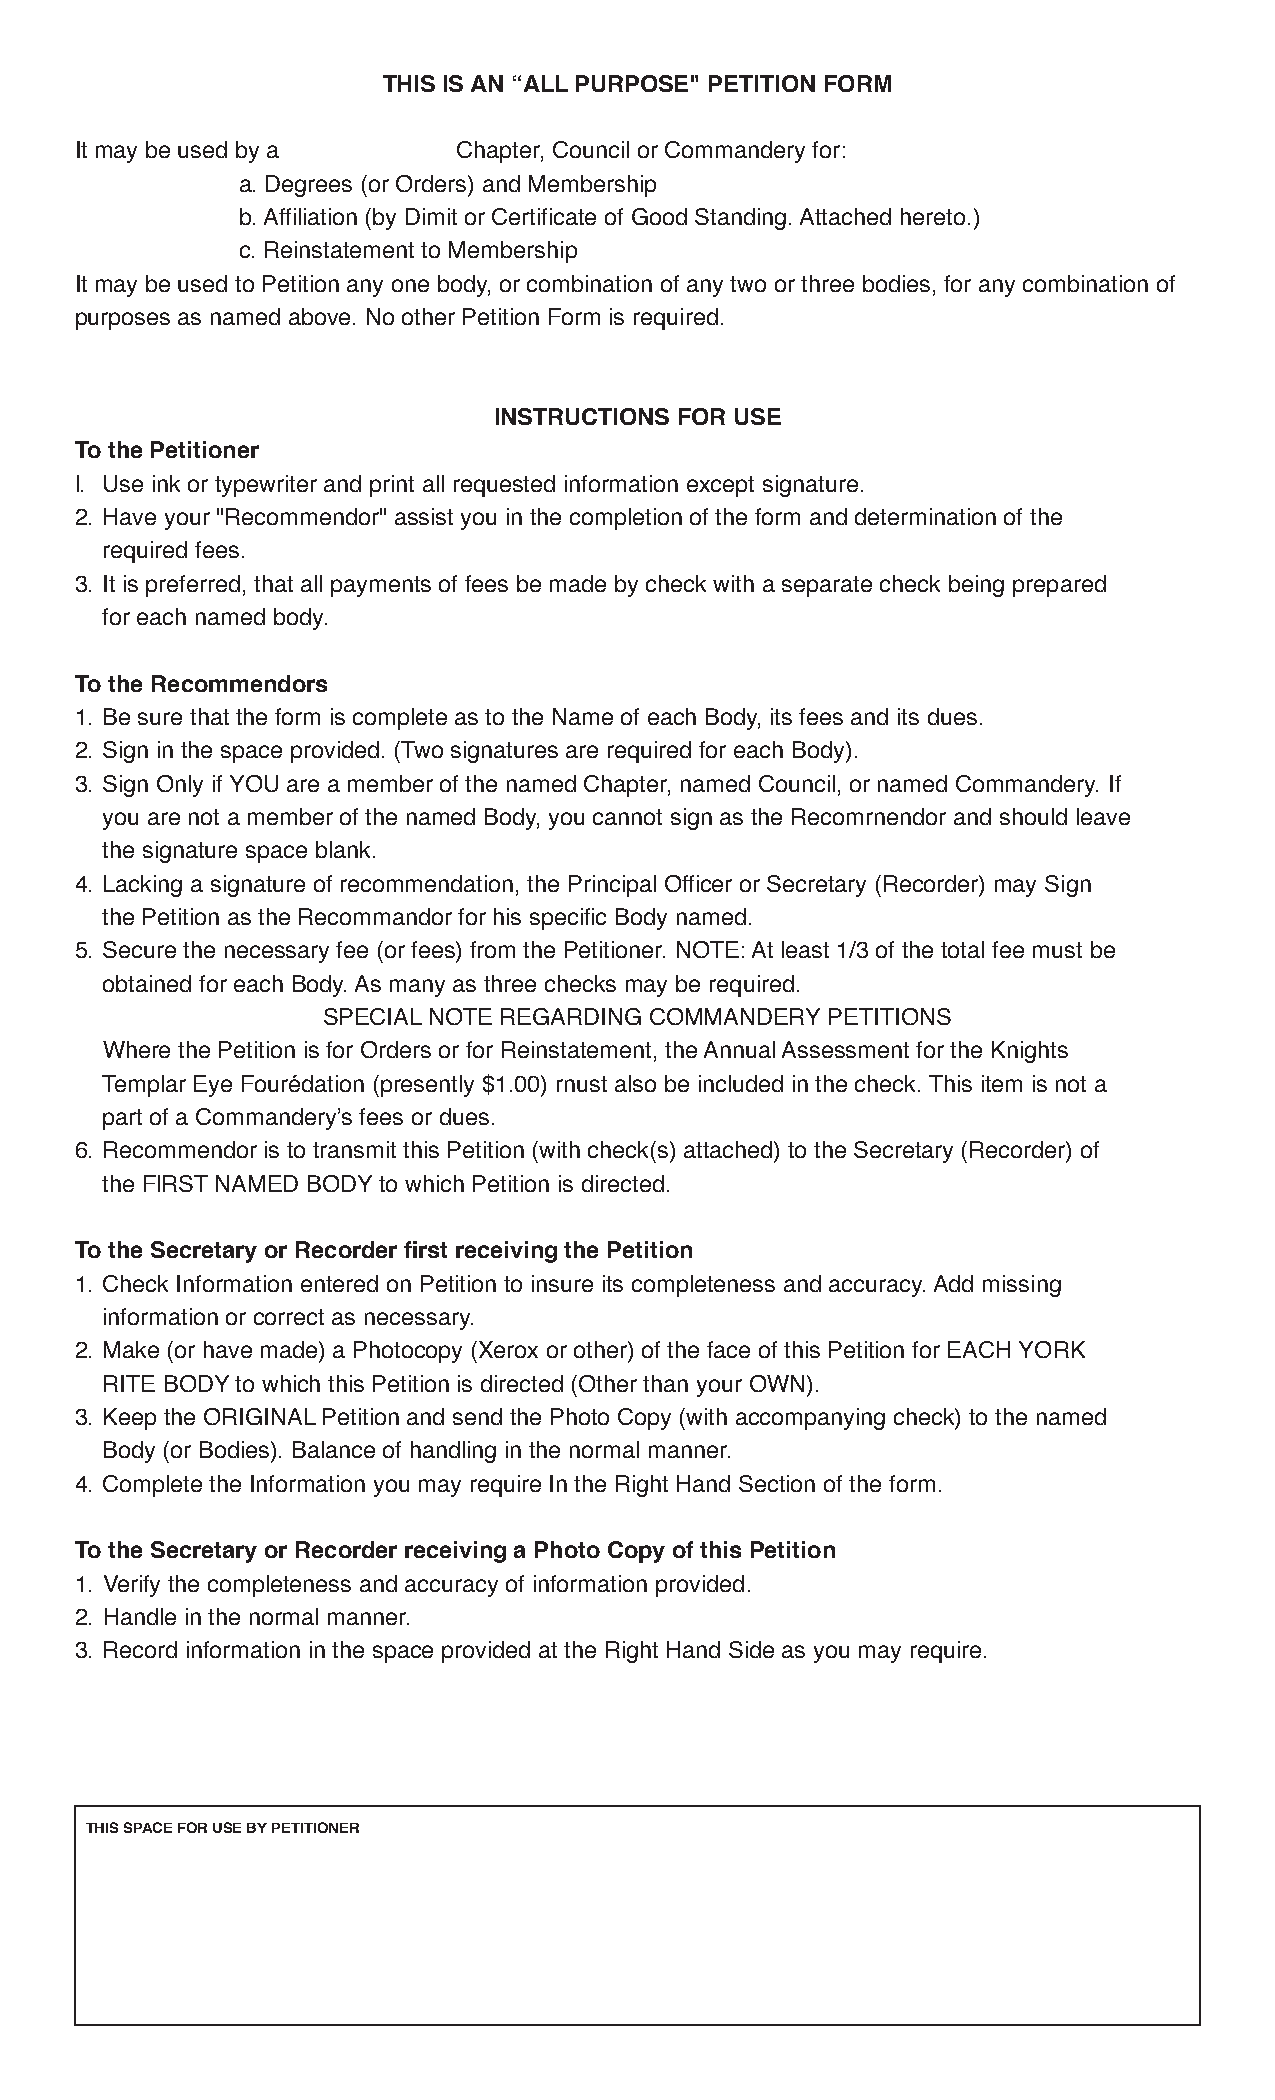
THIS IS AN “ALL PURPOSE" PETITION FORM
 It may be used by a      Chapter, Council or Commandery for:
 a. Degrees (or Orders) and Membership
 b. Affiliation (by Dimit or Certificate of Good Standing. Attached hereto.)
 c. Reinstatement to Membership
 It may be used to Petition any one body, or combination of any two or three bodies, for any combination of
 purposes as named above. No other Petition Form is required.
 INSTRUCTIONS FOR USE
 To the Petitioner
 l. Use ink or typewriter and print all requested information except signature.
 2. Have your "Recommendor" assist you in the completion of the form and determination of the
 required fees.
 3. It is preferred, that all payments of fees be made by check with a separate check being prepared
 for each named body.
 To the Recommendors
 1. Be sure that the form is complete as to the Name of each Body, its fees and its dues.
 2. Sign in the space provided. (Two signatures are required for each Body).
 3. Sign Only if YOU are a member of the named Chapter, named Council, or named Commandery. If
 you are not a member of the named Body, you cannot sign as the Recomrnendor and should leave
 the signature space blank.
 4. Lacking a signature of recommendation, the Principal Officer or Secretary (Recorder) may Sign
 the Petition as the Recommandor for his specific Body named.
 5. Secure the necessary fee (or fees) from the Petitioner. NOTE: At least 1/3 of the total fee must be
 obtained for each Body. As many as three checks may be required.
 SPECIAL NOTE REGARDING COMMANDERY PETITIONS
 Where the Petition is for Orders or for Reinstatement, the Annual Assessment for the Knights
 Templar Eye Fourédation (presently $1.00) rnust also be included in the check. This item is not a
 part of a Commandery’s fees or dues.
 6. Recommendor is to transmit this Petition (with check(s) attached) to the Secretary (Recorder) of
 the FlRST NAMED BODY to which Petition is directed.
 To the Secretary or Recorder first receiving the Petition
 1. Check Information entered on Petition to insure its completeness and accuracy. Add missing
 information or correct as necessary.
 2. Make (or have made) a Photocopy (Xerox or other) of the face of this Petition for EACH YORK
 RITE BODY to which this Petition is directed (Other than your OWN).
 3. Keep the ORIGINAL Petition and send the Photo Copy (with accompanying check) to the named
 Body (or Bodies). Balance of handling in the normal manner.
 4. Complete the Information you may require In the Right Hand Section of the form.
 To the Secretary or Recorder receiving a Photo Copy of this Petition
 1. Verify the completeness and accuracy of information provided.
 2. Handle in the normal manner.
 3. Record information in the space provided at the Right Hand Side as you may require.
 THIS SPACE FOR USE BY PETITIONER